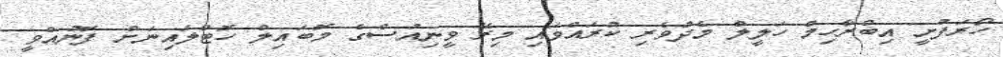
ހޯރަފުށީ އިބްރާހިމް ހަލީލް މެދުވެރި ކުރައްވައި މިރޭ ވީނިއުސްގެ މޮބައިލް ހޮޓްލައިނަށް ފޮނުއްވީ